Annual report of the Punjab Veterinary College and of the Civil Veterinary Department, Punjab - 1894-1908
Year: 1894
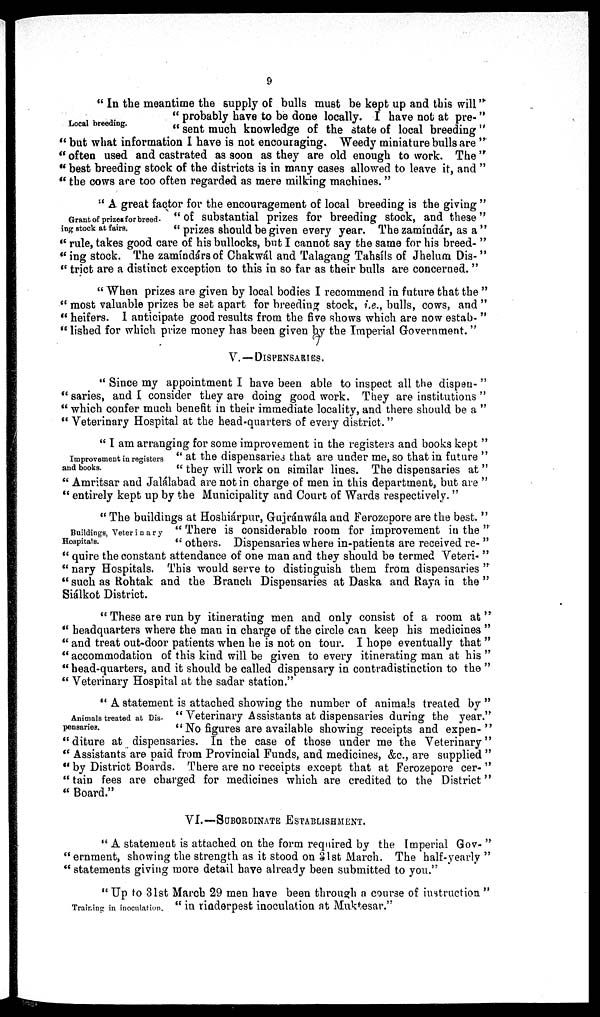
9
Local breeding.
"In the meantime the supply of bulls must be kept up and this will"
"probably have to be done locally. I have not at pre-"
"sent much knowledge of the state of local breeding"
"but what information I have is not encouraging. Weedy miniature bulls are"
"often used and castrated as soon as they are old enough to work. The"
" best breeding stock of the districts is in many cases allowed to leave it, and"
"the cows are too often regarded as mere milking machines."
Grant of prizes for breed-
ing stock at fairs.
"A great factor for the encouragement of local breeding is the giving"
"of substantial prizes for breeding stock, and these"
"prizes should be given every year. The zamíndár, as a"
"rule, takes good care of his bullocks, but I cannot say the same for his breed-"
"ing stock. The zamíndars of Chakwál and Talagang Tahsíls of Jhelum Dis-"
"trict are a distinct exception to this in so far as their bulls are concerned."
"When prizes are given by local bodies I recommend in future that the"
"most valuable prizes be set apart for breeding stock, i.e., bulls, cows, and"
"heifers. I anticipate good results from the five shows which are now estab-"
"lished for which prize money has been given by the Imperial Government."
V.—DISPENSARIES.
"Since my appointment I have been able to inspect all the dispen-"
"saries, and I consider they are doing good work. They are institutions"
"which confer much benefit in their immediate locality, and there should be a"
"Veterinary Hospital at the head-quarters of every district."
Improvement in registers
and books.
"I am arranging for some improvement in the registers and books kept"
"at the dispensaries that are under me, so that in future"
"they will work on similar lines. The dispensaries at"
"Amritsar and Jalálabad are not in charge of men in this department, but are"
"entirely kept up by the Municipality and Court of Wards respectively."
Buildings, Veterinary
Hospitals.
"The buildings at Hoshiárpur, Gujránwála and Ferozepore are the best."
"There is considerable room for improvement in the"
"others. Dispensaries where in-patients are received re-"
"quire the constant attendance of one man and they should be termed Veteri-"
"nary Hospitals. This would serve to distinguish them from dispensaries"
"such as Rohtak and the Branch Dispensaries at Daska and Raya in the"
Siálkot District.
"These are run by itinerating men and only consist of a room at"
"headquarters where the man in charge of the circle can keep his medicines"
"and treat out-door patients when he is not on tour. I hope eventually that"
"accommodation of this kind will be given to every itinerating man at his"
"head-quarters, and it should be called dispensary in contradistinction to the"
"Veterinary Hospital at the sadar station."
Animals treated at Dis-
pensaries.
"A statement is attached showing the number of animals treated by"
"Veterinary Assistants at dispensaries during the year."
"No figures are available showing receipts and expen-"
"diture at dispensaries. In the case of those under me the Veterinary"
"Assistants are paid from Provincial Funds, and medicines, &c., are supplied"
"by District Boards. There are no receipts except that at Ferozepore cer-"
"tain fees are charged for medicines which are credited to the District"
"Board."
VI.—SUBORDINATE
ESTABLISHMENT.
"A statement is attached on the form required by the Imperial Gov-"
"ernment, showing the strength as it stood on 31st March. The half-yearly"
"statements giving more detail have already been submitted to you."
Training in inoculation.
"Up to 31st March 29 men have been through a course of instruction"
"in rinderpest inoculation at Muktesar."